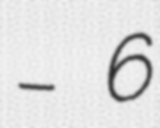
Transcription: – 6